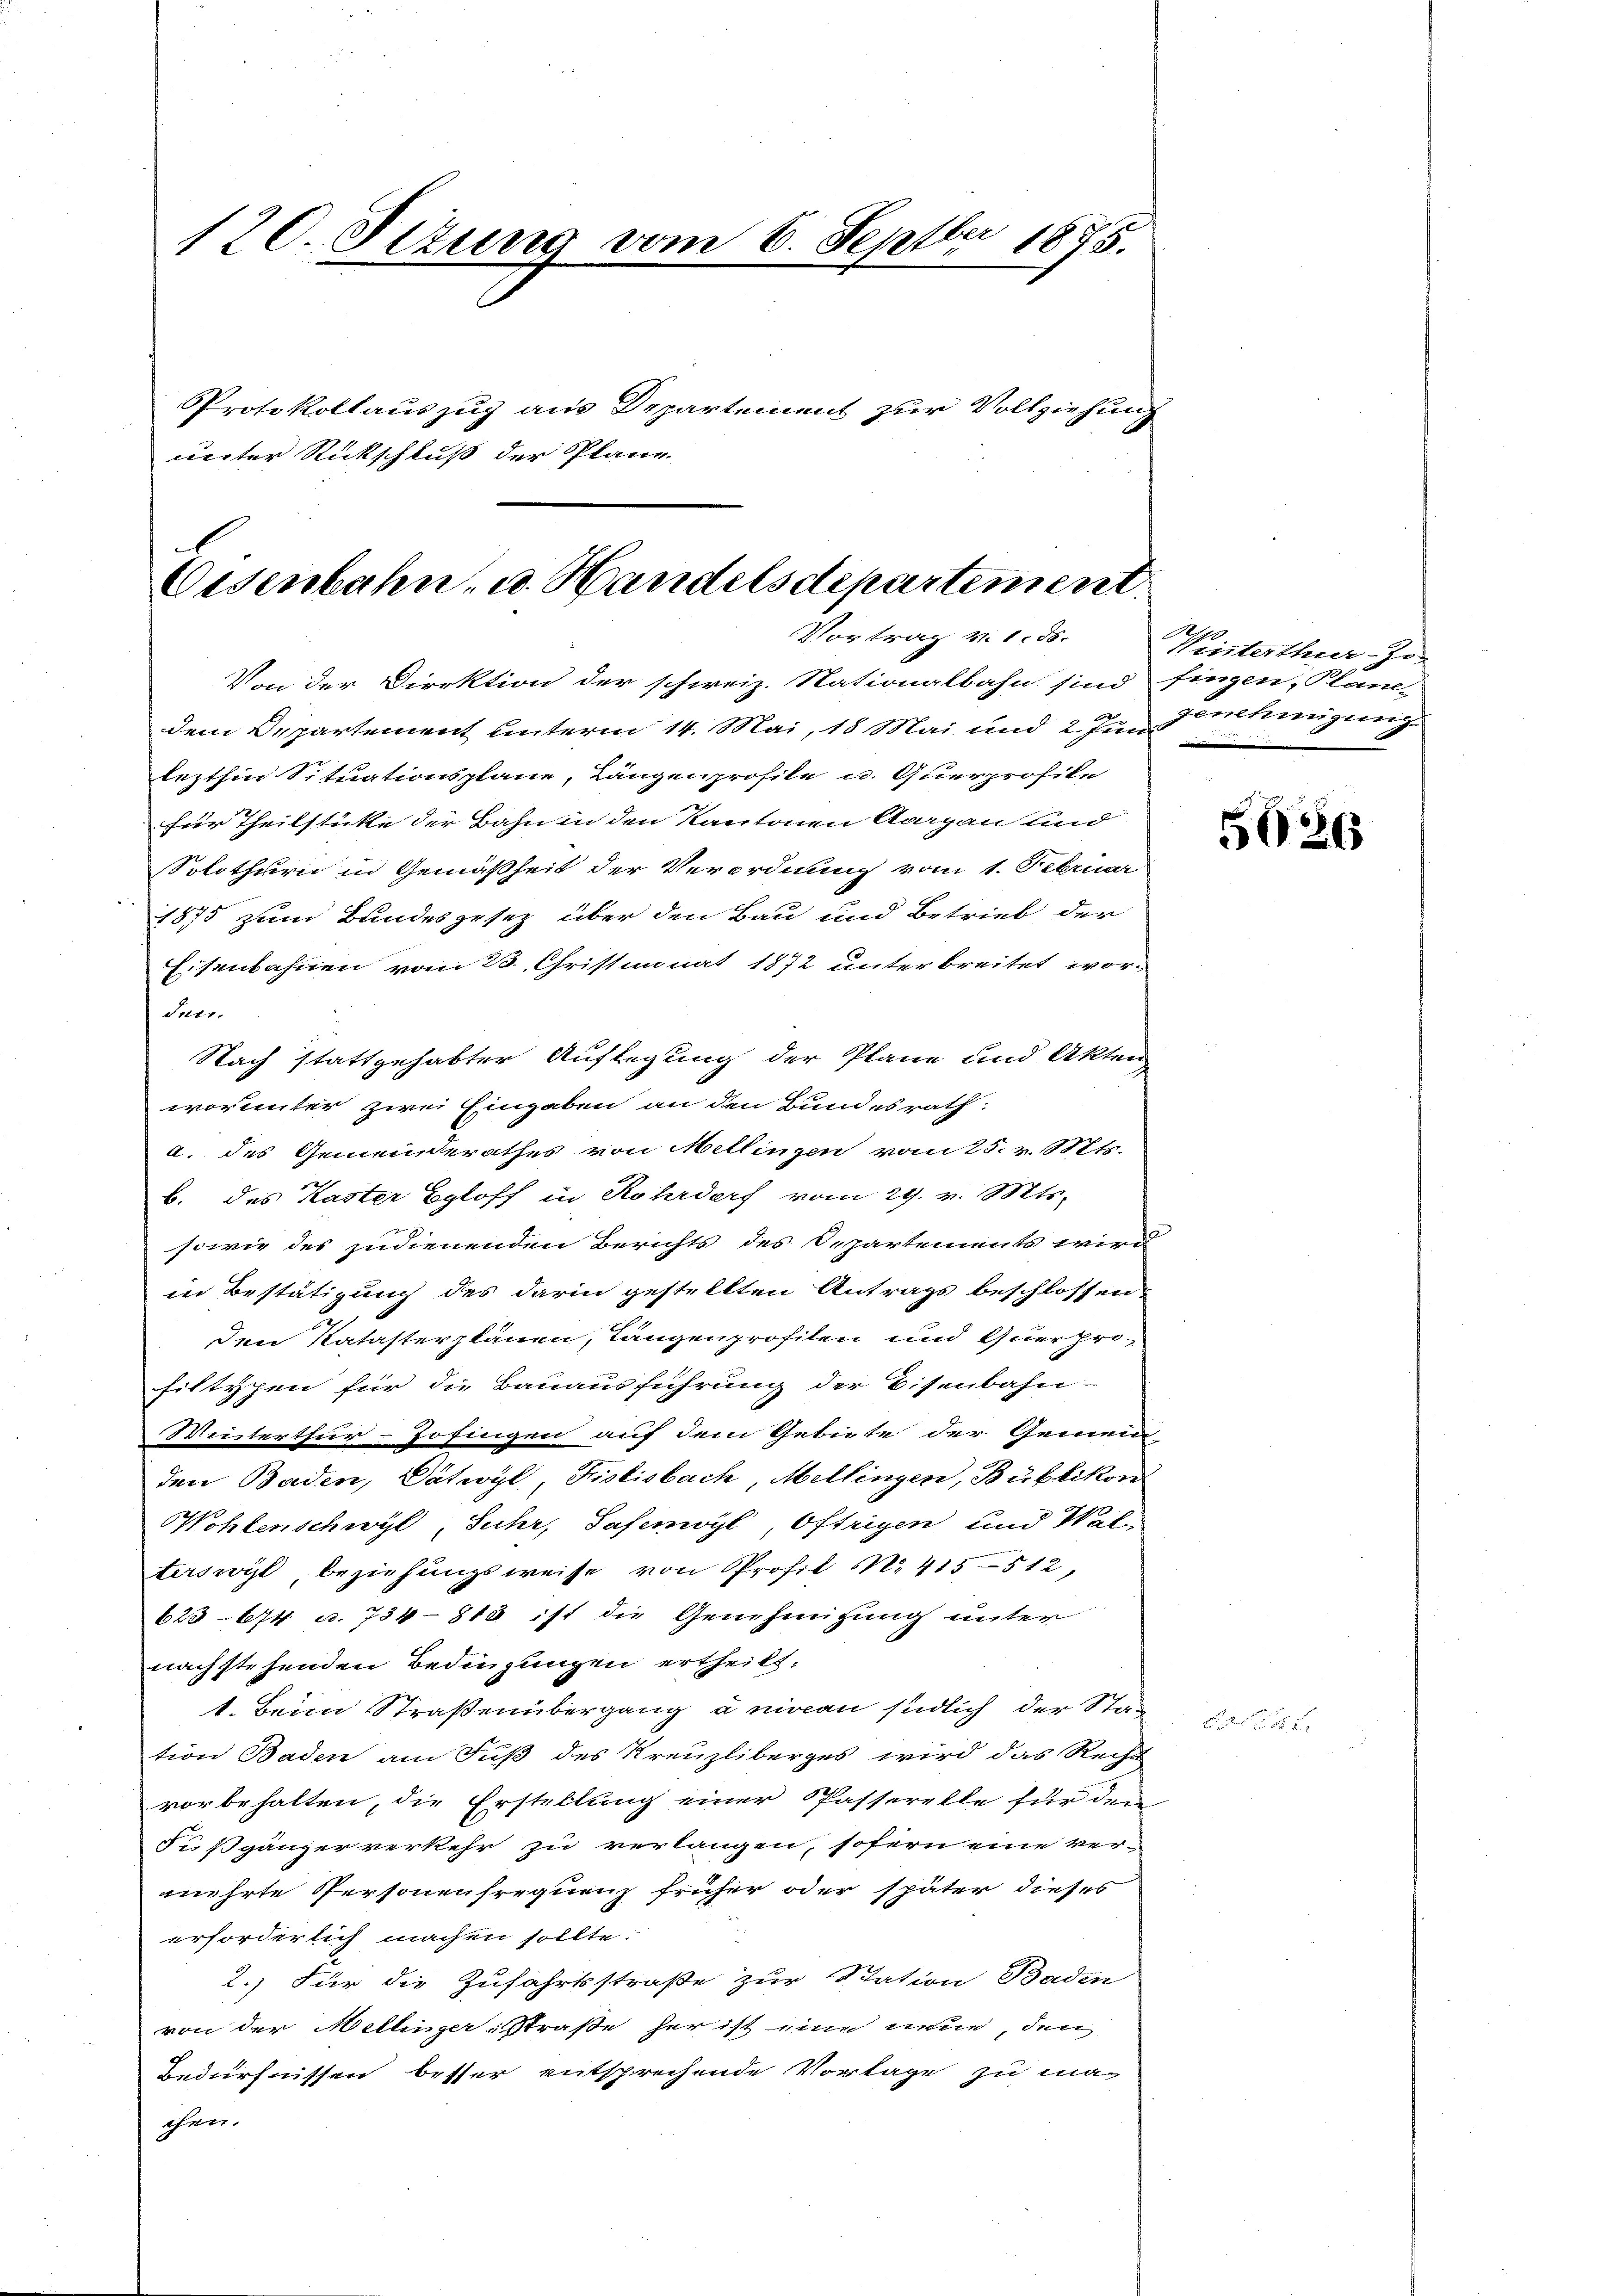
120. Setung vom 6. Septbr 1875.
Protokollauszug aus Departement zur Vollziehung
unter Rückschluß der Plane.

Eisenbahn- u. Handelsdepartement.
Vortrag v. 1. ds.

Von der Direktion der schweiz. Nationalbahn sind fingen, Plane-
dem Departement unterm 14. Mai, 18 Mai und 2. Im Genehmigung
lezthin Situationsplane, Längenprofile u. Querprofile
für Theilstüke der Bahn in den Kantonen Aargau und
Solothurn in Gemäßheit der Verordnung vom 1. Februar
1875 zum Bundesgesez über den Bau und Betrieb der
Eisenbahnen vom 23. Christimonat 1872 unterbreitet wor-
Suir.
Nach stattgehabter Auflegung der Plane und Akten
worunter zwei Eingaben an den Bundesrath:
a. des Gemeinderathes von Mellingen vom 25. v. Mts.
b. des Kaster Egloff in Rohrdorf vom 29. v. Mts.
sowie des zudienenden Berichts des Departements wird
in Bestätigung des darin gestellten Antrags beschlossen
den Katasterplänen, Längenprofilen und Querprofittypen für die Bauausführung der Eisenbahn-
Winterthur-Jofingen auf dem Gebiete der Gemein
den Baden, Dätwyl, Fislisbach, Mellingen, Bublikon
Sohlenschwyl, Suhr, Safenwyl, Oftrigen und Walterswyl beziehungsweise von Profil No 415-512,
625-674 c. 734-818 ist die Genehmigung unter
nachstehenden Bedingungen ertheilt.
1. Beim Straßenübergang u niccan südlich der Station Baden am Fuß des Kreuzliberges wird das Recht
vorbehalten, die Erstellung einer Passerette für den
Fußgänzer verkehr zu verlangen, sofern eine ver-
mehrte Personenfrequenz früher oder später dieses
erforderlich machen sollte.
2.) Für die Zufahrtsstraße zur Station Baden
von der Mellinger-Straße her ist eine neue den
Bedürfnissen besser entsprechende Vorlage zu ma-
chen.

.
Winterthur-Jo

5026